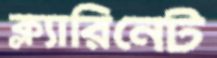
ক্ল্যারিনেট